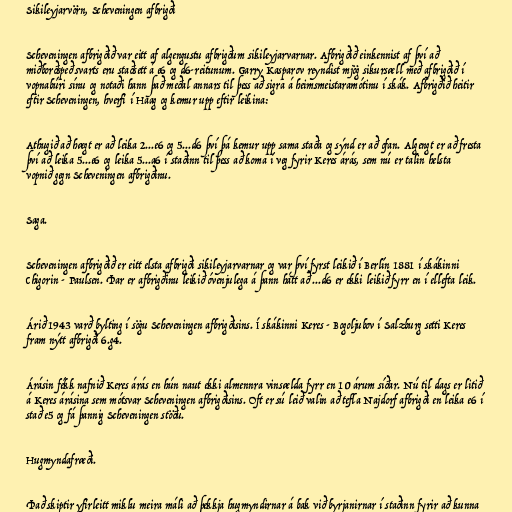
Sikileyjarvörn, Scheveningen afbrigði

Scheveningen afbrigðið var eitt af algengustu afbrigðum sikileyjarvarnar. Afbrigðið einkennist af því að
miðborðspeð svarts eru staðsett á e6 og d6-reitunum. Garry Kasparov reyndist mjög sikursæll með afbrigðið í
vopnabúri sínu og notaði hann það meðal annars til þess að sigra á heimsmeistaramótinu í skák. Afbrigðið heitir
eftir Scheveningen, hverfi í Haag og kemur upp eftir leikina:

Athugið að hægt er að leika 2...e6 og 5...d6 því þá kemur upp sama staða og sýnd er að ofan. Algengt er að fresta
því að leika 5...e6 og leika 5...a6 í staðinn til þess að koma í veg fyrir Keres árás, sem nú er talin helsta
vopnið gegn Scheveningen afbrigðinu.

Saga.

Scheveningen afbrigðið er eitt elsta afbrigði sikileyjarvarnar og var því fyrst leikið í Berlín 1881 í skákinni
Chigorin - Paulsen. Þar er afbrigðinu leikið óvenjulega á þann hátt að ...d6 er ekki leikið fyrr en í ellefta leik.

Árið 1943 varð bylting í sögu Scheveningen afbrigðisins. Í skákinni Keres - Bogoljubov í Salzburg setti Keres
fram nýtt afbrigði 6.g4.

Árásin fékk nafnið Keres árás en hún naut ekki almennra vinsælda fyrr en 10 árum síðar. Nú til dags er litið
á Keres árásina sem mótsvar Scheveningen afbrigðisins. Oft er sú leið valin að tefla Najdorf afbrigði en leika e6 í
stað e5 og fá þannig Scheveningen stöðu.

Hugmyndafræði.

Það skiptir yfirleitt miklu meira máli að þekkja hugmyndirnar á bak við byrjanirnar í staðinn fyrir að kunna